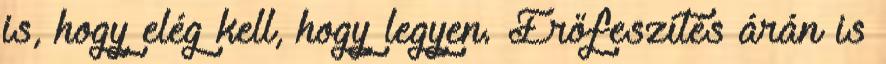
is, hogy elég kell, hogy legyen. Erőfeszítés árán is